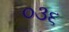
૦૩૬